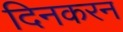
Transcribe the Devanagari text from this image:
दिनकरन